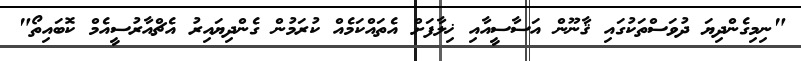
"ނިމިގެންދިޔަ ދުވަސްތަކުގައި ޤާނޫން އަސާސީއާއި ޚިލާފަށް އެތައްކަމެއް ކުރަމުން ގެންދިޔައިރު އެޗްއާރުސީއެމް ކޮބައިތޯ"